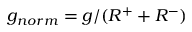
g _ { n o r m } = g / ( R ^ { + } + R ^ { - } )